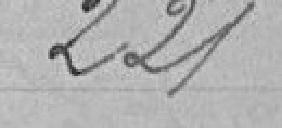
221